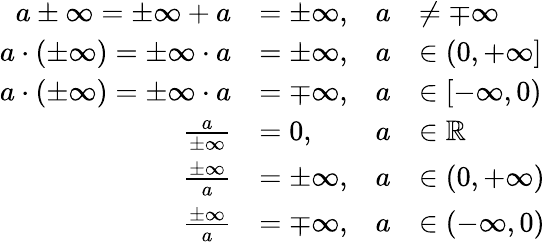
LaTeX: {\begin{array}{rlrl}{a\pm\infty=\pm\infty+a}&{=\pm\infty,}&{a}&{\neq\mp\infty}\\ {a\cdot(\pm\infty)=\pm\infty\cdot a}&{=\pm\infty,}&{a}&{\in(0,+\infty]}\\ {a\cdot(\pm\infty)=\pm\infty\cdot a}&{=\mp\infty,}&{a}&{\in[-\infty,0)}\\ {{\frac{a}{\pm\infty}}}&{=0,}&{a}&{\in\mathbb{R}}\\ {{\frac{\pm\infty}{a}}}&{=\pm\infty,}&{a}&{\in(0,+\infty)}\\ {{\frac{\pm\infty}{a}}}&{=\mp\infty,}&{a}&{\in(-\infty,0)}\end{array}}